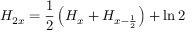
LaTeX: H _ { 2 x } = { \frac { 1 } { 2 } } \left( H _ { x } + H _ { x - { \frac { 1 } { 2 } } } \right) + \ln 2